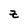
Character: z